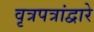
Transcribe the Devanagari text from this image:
वृत्रपत्रांद्वारे